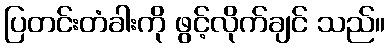
ပြတင်းတံခါးကို ဖွင့်လိုက်ချင် သည်။